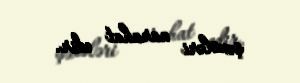
şəxsləri narahat edir.